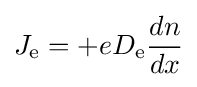
J_{\text{e}}=+eD_{\text{e}}{\frac {dn}{dx}}